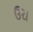
ઉરા